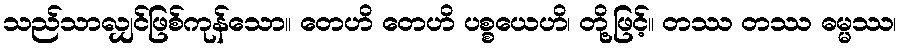
သည်သာလျှင်ဖြစ်ကုန်သော။ တေဟိ တေဟိ ပစ္စယေဟိ၊ တို့ဖြင့်။ တဿ တဿ ဓမ္မဿ၊